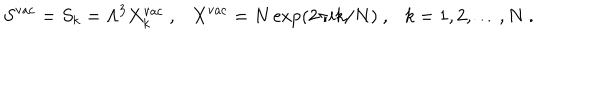
S ^ { \mathrm { v a c } } = S _ { k } = \Lambda ^ { 3 } X _ { k } ^ { \mathrm { v a c } } ~ , X ^ { \mathrm { v a c } } = N \exp ( 2 \pi i k / N ) ~ , k = 1 , 2 , \dots , N ~ .